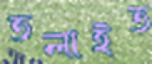
তলাইত